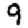
Digit: 9